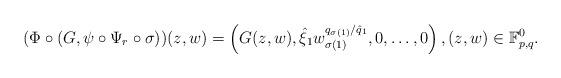
LaTeX: \begin{align*}(\Phi\circ(G,\psi\circ\Psi_r\circ\sigma))(z,w)=\left(G(z,w),\hat\xi_1w_{\sigma(1)}^{q_{\sigma(1)}/\hat q_1},0,\dots,0\right),(z,w)\in\mathbb F^0_{p,q}.\end{align*}